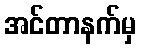
အင်တာနက်မှ